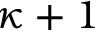
\kappa + 1